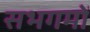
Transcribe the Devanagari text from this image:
सभगमों